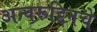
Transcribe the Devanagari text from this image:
अन्वरूद्दिनचे